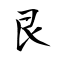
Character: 艮